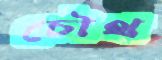
চৌথ